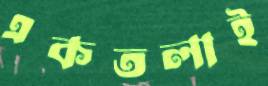
একতলাই